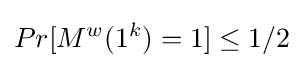
Pr[M^{w}(1^{k})=1]\leq 1/2